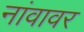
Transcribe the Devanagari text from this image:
नांवावर